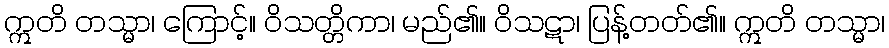
ဣတိ တသ္မာ၊ ကြောင့်။ ဝိသတ္တိကာ၊ မည်၏။ ဝိသဋာ၊ ပြန့်တတ်၏။ ဣတိ တသ္မာ၊